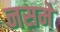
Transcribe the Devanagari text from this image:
नसमे